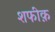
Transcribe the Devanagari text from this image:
शफीक़